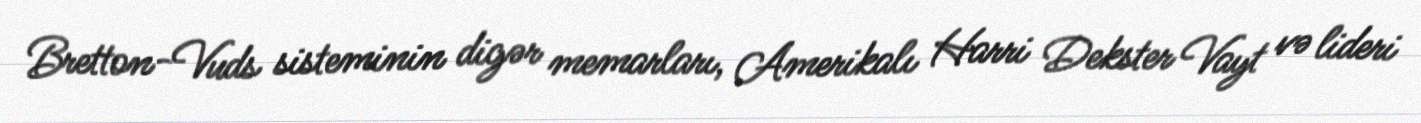
Bretton-Vuds sisteminin digər memarları, Amerikalı Harri Dekster Vayt və lideri